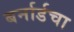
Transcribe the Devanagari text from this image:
बर्नार्डचा